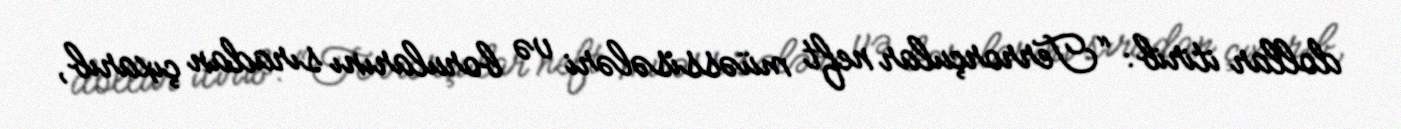
dollar itirib: “Terrorçular neft müəssisələri və borularını sıradan çıxarıb,